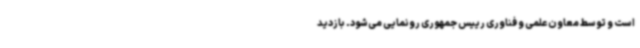
است و توسط معاون علمی و فناوری رییس جمهوری رونمایی می‌شود. بازدید